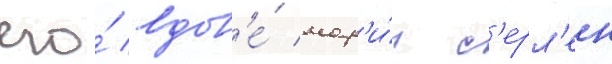
его́ вдов'е́ мар'и́и с'ерл'ен